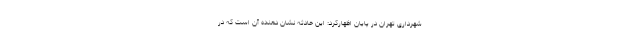
شهرداری تهران در پایان اظهارکرد: این حادثه نشان دهنده آن است که در